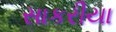
સાકરીયા